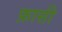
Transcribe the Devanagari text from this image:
फ़ासी